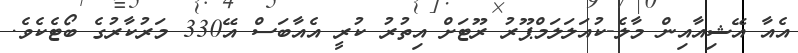
އެއާ އޭޝިއާއިން މާލެ-ކުއަލަލަމްޕޫރު ރޫޓަށް އިތުރު ކުރީ އެއާބަސް އޭ330 މަރުކާރުގެ ބޯޓެކެވެ.